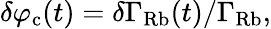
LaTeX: \delta\varphi_{\mathrm{c}}(t)=\delta\Gamma_{\mathrm{Rb}}(t)/\Gamma_{\mathrm{Rb}},